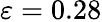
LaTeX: \varepsilon=0.28